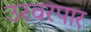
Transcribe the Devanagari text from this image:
उरवरपार